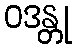
ဝဒန္တု